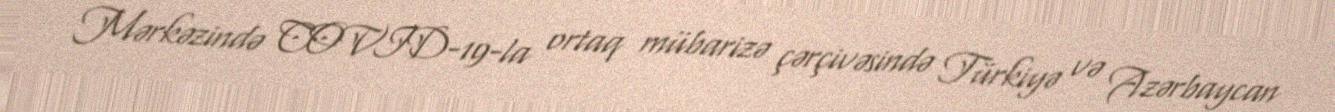
Mərkəzində COVID-19-la ortaq mübarizə çərçivəsində Türkiyə və Azərbaycan